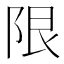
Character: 限